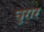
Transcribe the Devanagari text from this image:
घुरार